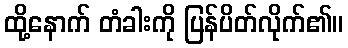
ထို့နောက် တံခါးကို ပြန်ပိတ်လိုက်၏။